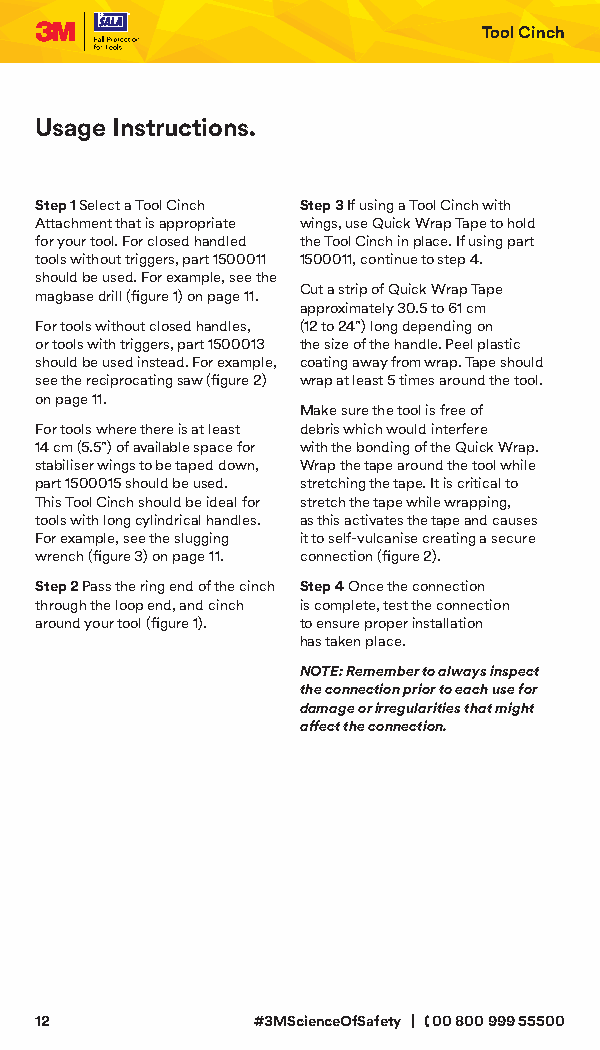
Tool Cinch
 Usage Instructions.
 Step 1 Select a Tool Cinch Step 3 If using a Tool Cinch with
 Attachment that is appropriate wings, use Quick Wrap Tape to hold
 for your tool. For closed handled the Tool Cinch in place. If using part
 tools without triggers, part 1500011 1500011, continue to step 4.
 should be used. For example, see the
 Cut a strip of Quick Wrap Tape
 magbase drill (figure 1) on page 11.
 approximately 30.5 to 61 cm
 For tools without closed handles, (12 to 24") long depending on
 or tools with triggers, part 1500013 the size of the handle. Peel plastic
 should be used instead. For example, coating away from wrap. Tape should
 see the reciprocating saw (figure 2) wrap at least 5 times around the tool.
 on page 11.
 Make sure the tool is free of
 For tools where there is at least debris which would interfere
 14 cm (5.5") of available space for with the bonding of the Quick Wrap.
 stabiliser wings to be taped down, Wrap the tape around the tool while
 part 1500015 should be used. stretching the tape. It is critical to
 This Tool Cinch should be ideal for stretch the tape while wrapping,
 tools with long cylindrical handles. as this activates the tape and causes
 For example, see the slugging it to self-vulcanise creating a secure
 wrench (figure 3) on page 11. connection (figure 2).
 Step 2 Pass the ring end of the cinch Step 4 Once the connection
 through the loop end, and cinch is complete, test the connection
 around your tool (figure 1). to ensure proper installation
 has taken place.
 NOTE: Remember to always inspect
 the connection prior to each use for
 damage or irregularities that might
 affect the connection.
 12             #3MScienceOfSafety | 00 800 999 55500